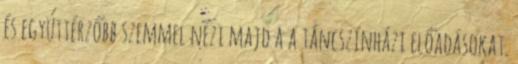
és együttérzőbb szemmel nézi majd a a táncszínházi előadásokat.